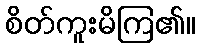
စိတ်ကူးမိကြ၏။